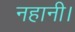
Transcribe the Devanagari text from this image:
नहानी।